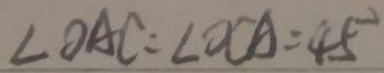
\angle O A C = \angle O C A = 4 5 ^ { \circ }